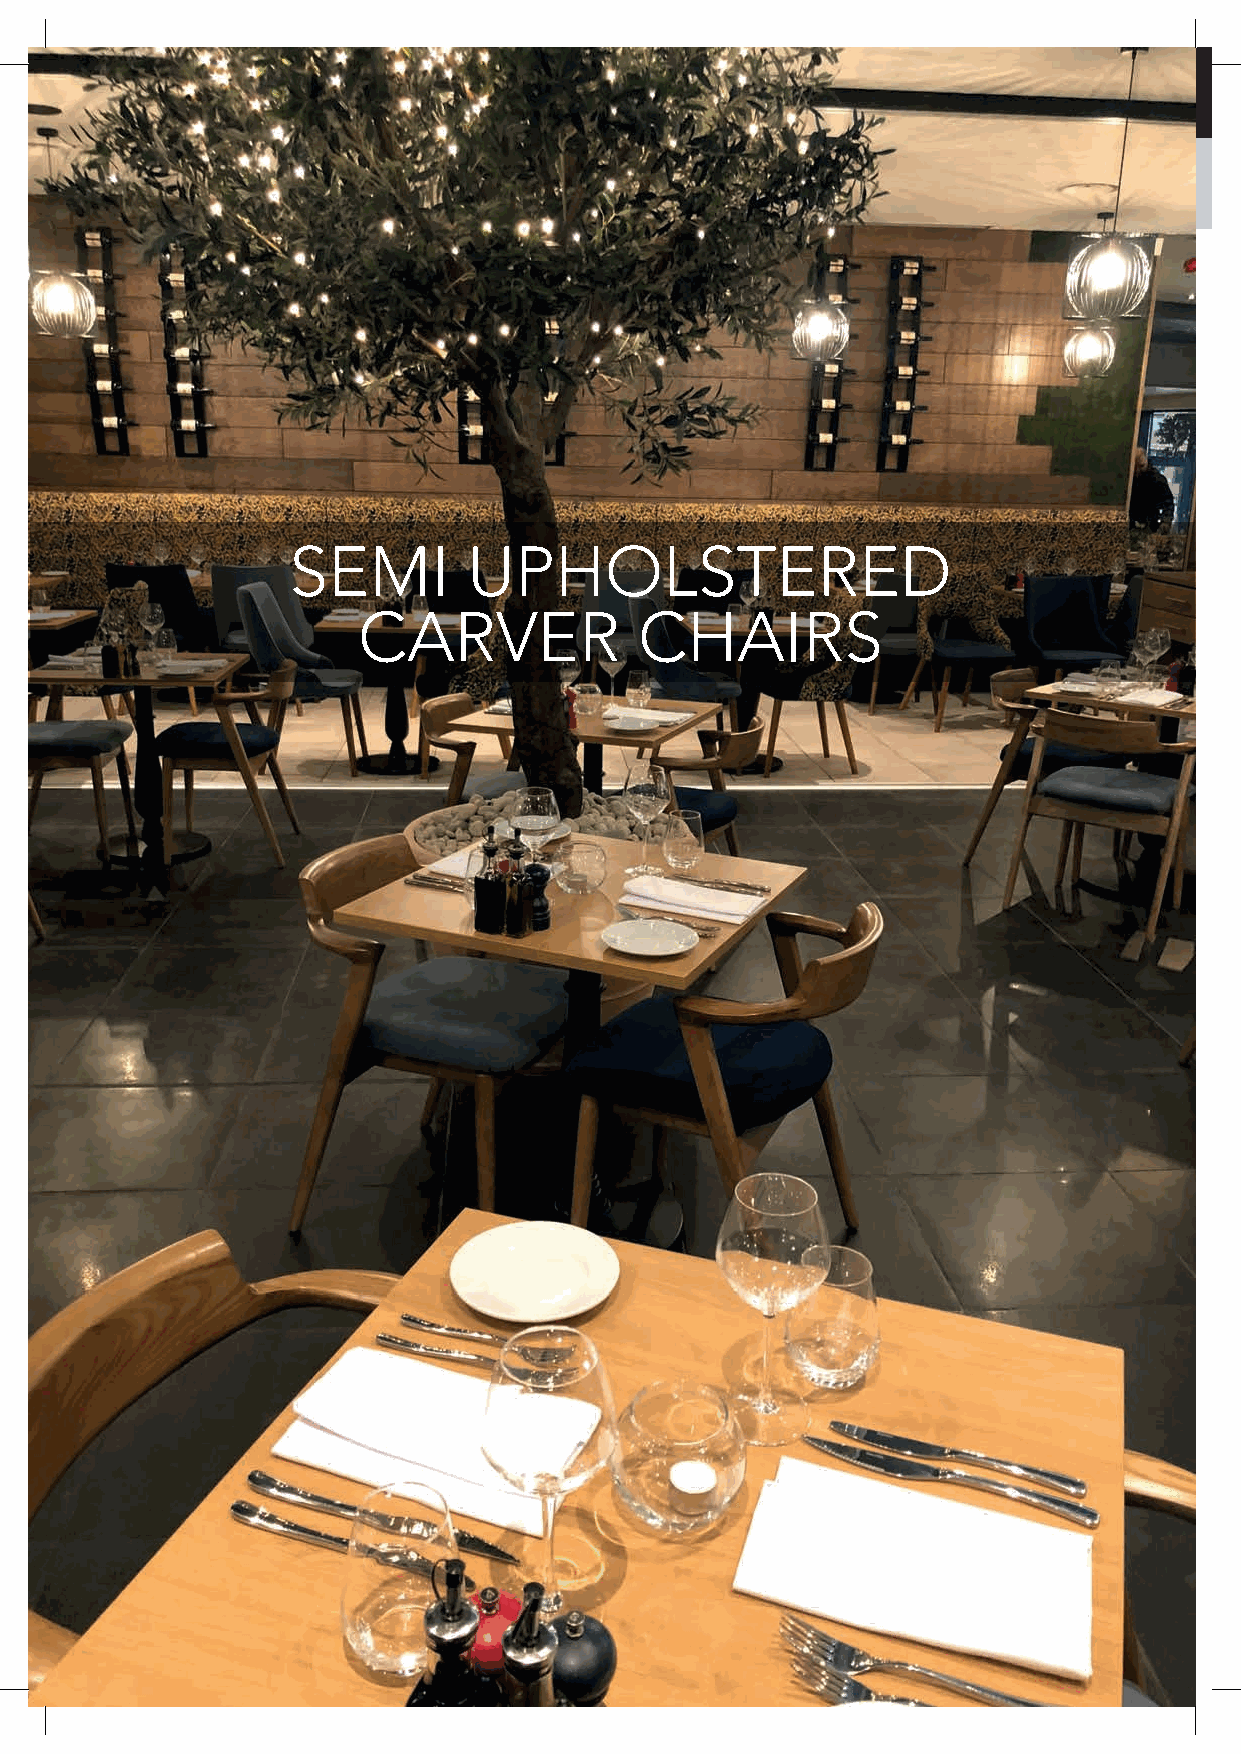
FULLY  UPHOLSTERED       DINING   CHAIRS
 X                     X                      X
 X                     X                      X
 SEMI        UPHOLSTERED
 CARVER            CHAIRS
 000 000 000 000        000 000 000 000       000 000 000 000
 X                     X                      X
 X                     X                      X
 000 000 000 000        000 000 000 000       000 000 000 000
 X                     X                      X
 X                     X                      X
 000 000 000 000        000 000 000 000       000 000 000 000
 72 All items available in a range of colours, including customers own materials and fabrics. Items also available in frame only.